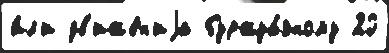
и́л'и дв'иже́н'иjа буржуа́зному 20